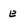
Character: E